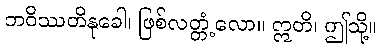
ဘဝိဿတိနုခေါ၊ ဖြစ်လတ္တံ့လော။ ဣတိ၊ ဤသို့။